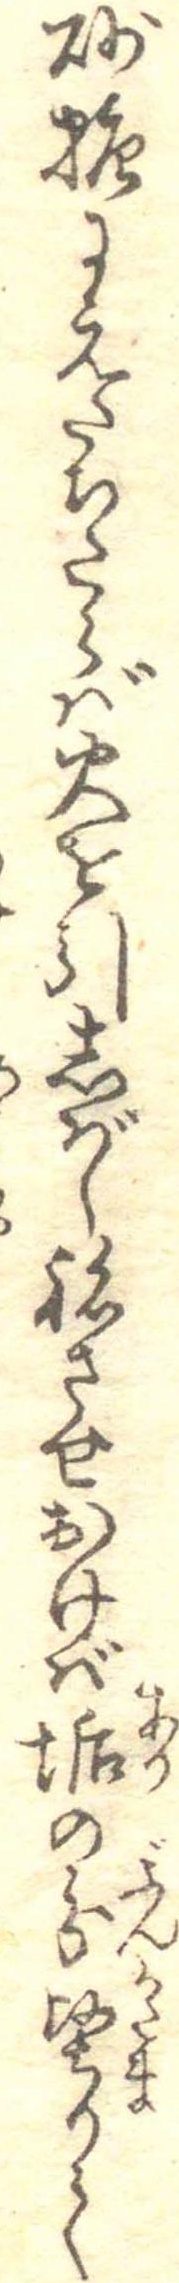
砂糖にえたちたらば火を引しばしねさせおけば垢の分堅りて